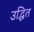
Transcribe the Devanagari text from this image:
उद्धित